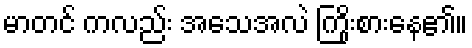
မာတင် ကလည်း အသေအလဲ ကြိုးစားနေ၏။